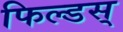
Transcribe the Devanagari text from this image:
फिल्डस्